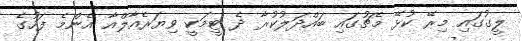
ލީގުގައި މިރޭ ކުޅޭ މެޗުގައި ބައްދަލުކުރާ ދެ ޓީމަކީ ވިޔަރެއާލްއާ އެންމެ ފަހުގެ